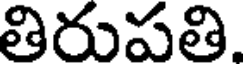
తిరుపతి.